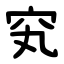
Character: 䆒